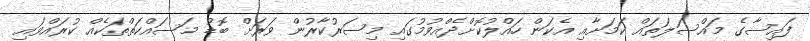
ފައިސާގެ މައްސަލަތައް ކަމަށާއި އެކަން ހައްލުކޮށްދެއްވުމުގައި މިސަރުކާރުން ވަރަށް ބޮޑު މަސައްކަތްތަކެއް ކުރައްވައި